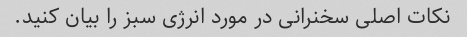
نکات اصلی سخنرانی در مورد انرژی سبز را بیان کنید.